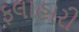
ફલાહારી